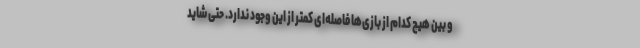
و بین هیچ کدام از بازی‌ها فاصله‌ای کمتر از این وجود ندارد. حتی شاید